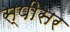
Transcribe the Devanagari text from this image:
स्पीसर